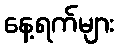
နေ့ရက်များ